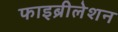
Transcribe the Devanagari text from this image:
फाइब्रीलेशन